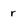
Character: r